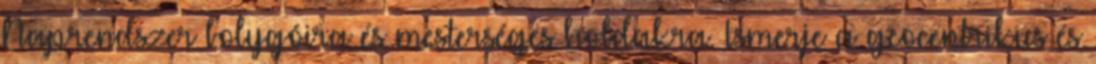
Naprendszer bolygóira és mesterséges holdakra. Ismerje a geocentrikus és